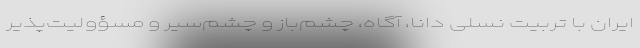
ایران با تربیت نسلی دانا، آگاه، چشم‌باز و چشم‌سیر و مسؤولیت‌پذیر